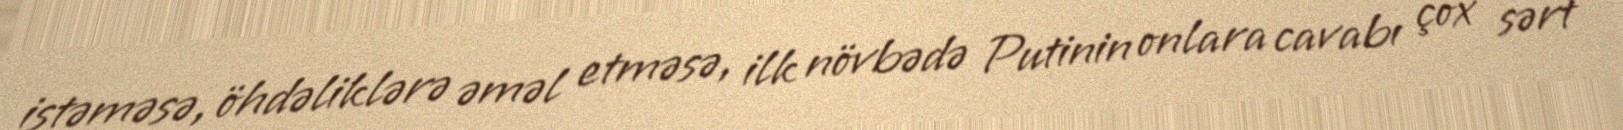
istəməsə, öhdəliklərə əməl etməsə, ilk növbədə Putinin onlara cavabı çox sərt